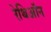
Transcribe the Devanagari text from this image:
रेथिऑन